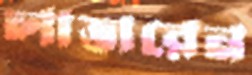
লাভারেন